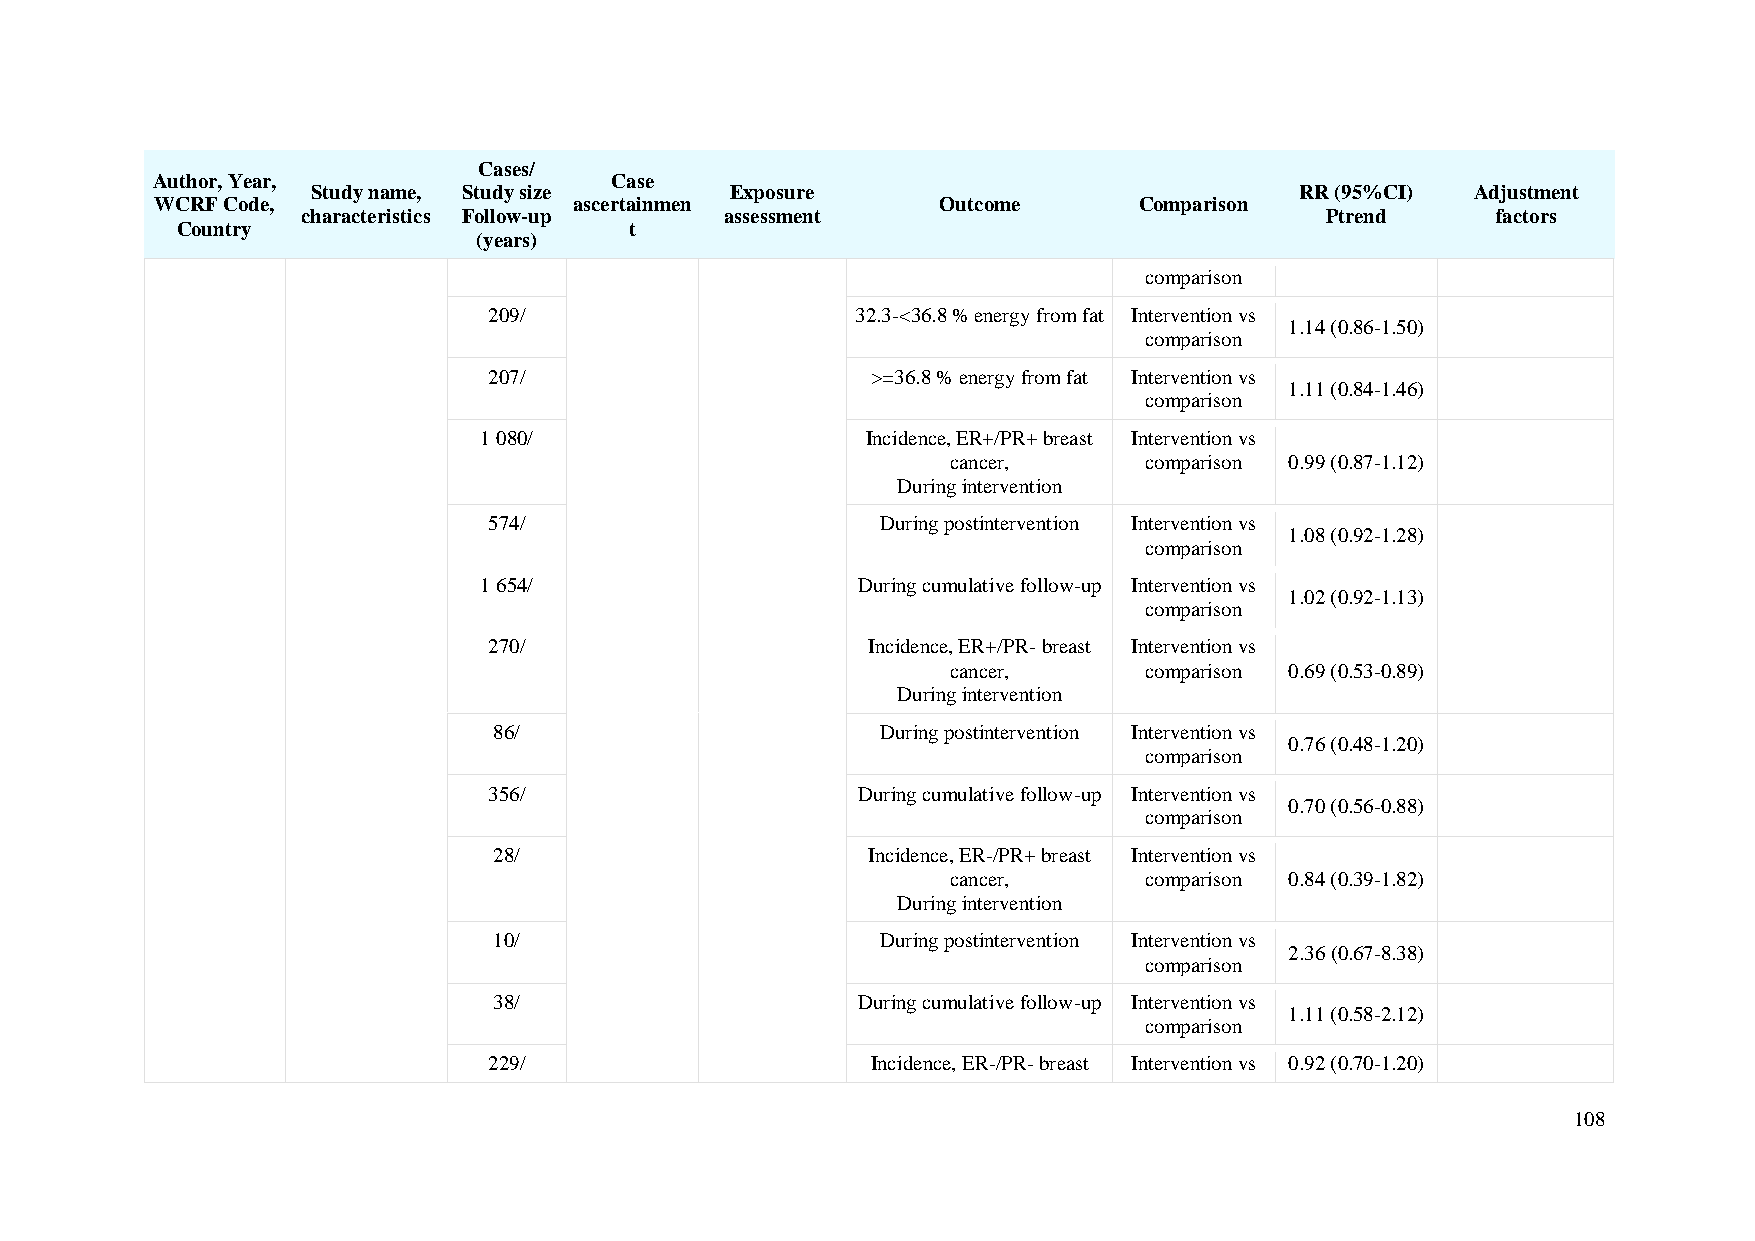
Cases/
 Author, Year,                 Case
 Study name, Study size     Exposure                              RR (95%CI)  Adjustment
 WCRF Code,                  ascertainmen            Outcome      Comparison
 characteristics Follow-up   assessment                              Ptrend     factors
 Country                       t
 (years)
 comparison
 209/                     32.3-<36.8 % energy from fat Intervention vs
 1.14 (0.86-1.50)
 comparison
 207/                      >=36.8 % energy from fat Intervention vs
 1.11 (0.84-1.46)
 comparison
 1 080/                   Incidence, ER+/PR+ breast Intervention vs
 cancer,      comparison 0.99 (0.87-1.12)
 During intervention
 574/                      During postintervention Intervention vs
 1.08 (0.92-1.28)
 comparison
 1 654/                   During cumulative follow-up Intervention vs
 1.02 (0.92-1.13)
 comparison
 270/                     Incidence, ER+/PR- breast Intervention vs
 cancer,      comparison 0.69 (0.53-0.89)
 During intervention
 86/                      During postintervention Intervention vs
 0.76 (0.48-1.20)
 comparison
 356/                     During cumulative follow-up Intervention vs
 0.70 (0.56-0.88)
 comparison
 28/                     Incidence, ER-/PR+ breast Intervention vs
 cancer,      comparison 0.84 (0.39-1.82)
 During intervention
 10/                      During postintervention Intervention vs
 2.36 (0.67-8.38)
 comparison
 38/                     During cumulative follow-up Intervention vs
 1.11 (0.58-2.12)
 comparison
 229/                      Incidence, ER-/PR- breast Intervention vs 0.92 (0.70-1.20)
 108